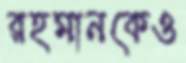
রহমানকেও